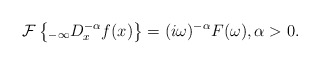
\begin{align*}\mathcal{F}\left\{ _{-\infty}D_{x}^{-\alpha}f(x)\right\} =(i\omega)^{-\alpha}F(\omega),\alpha>0.\end{align*}